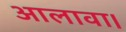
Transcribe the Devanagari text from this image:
आलावा।